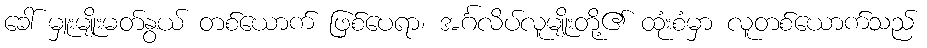
ခေါ် မှူးမျိုးမတ်နွယ် တစ်ယောက် ဖြစ်ပေရာ၊ အင်္ဂလိပ်လူမျိုးတို့၏ ထုံးစံမှာ လူတစ်ယောက်သည်